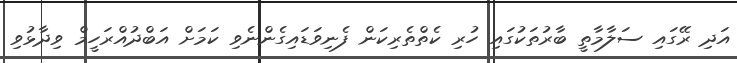
އަދި ރޭގައި ސަލާމާތީ ބާރުތަކުގައި ހުރި ކެތްތެރިކަން ފެނިވަޑައިގެންނެވި ކަމަށް އަބްދުއްރަހީމް ވިދާޅުވި